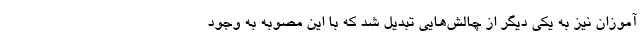
‌آموزان نیز به یکی دیگر از چالش‌هایی تبدیل شد که با این مصوبه به وجود